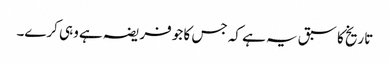
تاریخ کا سبق یہ ہے کہ جس کا جو فریضہ ہے وہی کرے۔